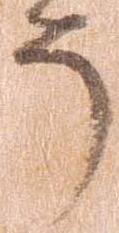
う